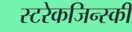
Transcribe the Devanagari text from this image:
स्टरेकजिन्स्की